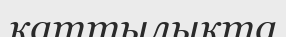
қаттылықта